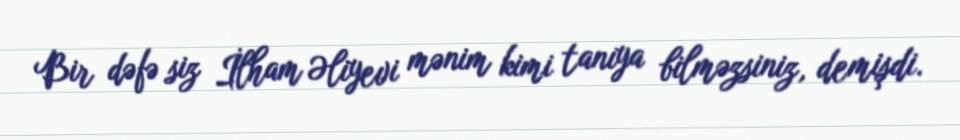
Bir dəfə siz İlham Əliyevi mənim kimi tanıya bilməzsiniz, demişdi.